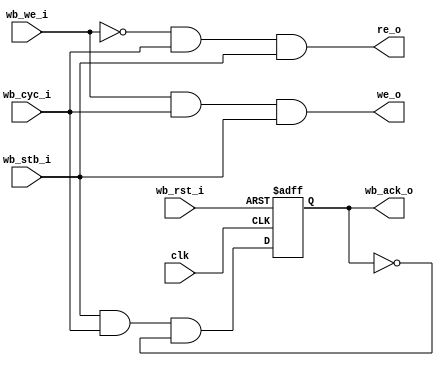
module uart_wb (clk,
        wb_rst_i, 
	wb_we_i, wb_stb_i, wb_cyc_i, wb_ack_o,
	we_o, re_o // Write and read enable output for the core
	
        );

input				clk;

// WISHBONE interface	
input				wb_rst_i;
input				wb_we_i;
input				wb_stb_i;
input				wb_cyc_i;
output				wb_ack_o;
output				we_o;
output				re_o;

wire				we_o;
reg				wb_ack_o;

always @(posedge clk or posedge wb_rst_i)
begin
	if (wb_rst_i)
	begin
		wb_ack_o <= #1 1'b0;
	end
	else
	begin
//		wb_ack_o <= #1 wb_stb_i & wb_cyc_i; // 1 clock wait state on all transfers
		wb_ack_o <= #1 wb_stb_i & wb_cyc_i & ~wb_ack_o; // 1 clock wait state on all transfers
	end
end

assign we_o =  wb_we_i & wb_cyc_i & wb_stb_i; //WE for registers	
assign re_o = ~wb_we_i & wb_cyc_i & wb_stb_i; //RE for registers	

endmodule